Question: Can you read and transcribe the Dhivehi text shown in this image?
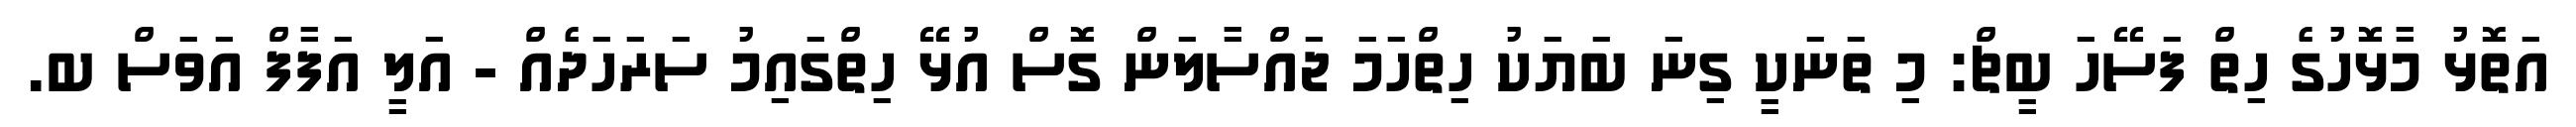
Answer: އަތޮޅު މާޅޮހުގެ ހިތް ފަސޭހަ ބީޗް: މި ތަނަކީ ގިނަ ބަޔަކު ހިތްހަމަ ޖައްސާލަން ގޮސް އުޅޭ ހިތްގައިމު ސަރަހަދެއް - އަލީ އަފާފް އަވަސް ބ.